Report on the working of the Ranchi Indian Mental Hospital, Kanke, in Bihar and Orissa - 1930-1940
Year: 1930
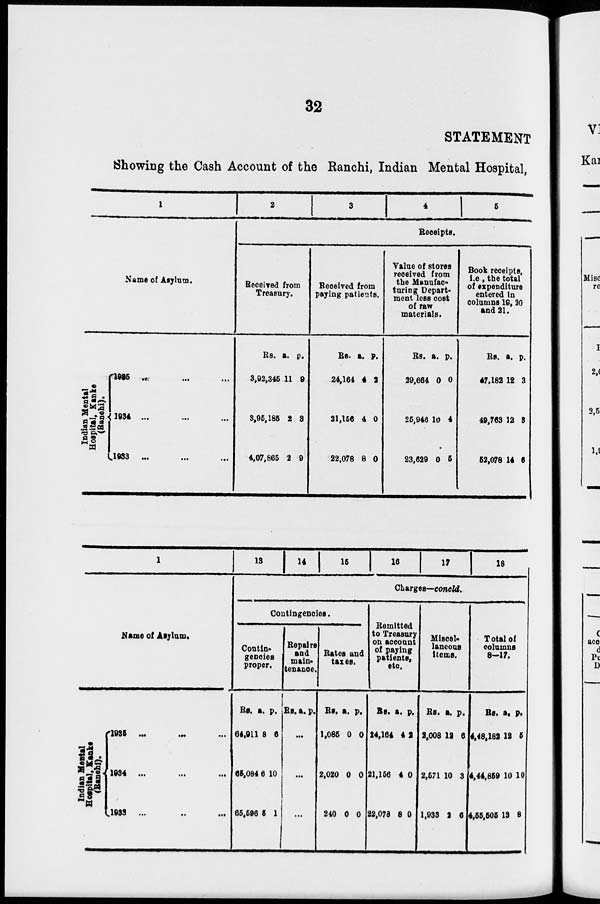
32
STATEMENT
Showing the Cash Account of the Ranchi, Indian Mental Hospital,
1
Name of Asylum.
Indian Me nt a l
Hospital, Kanke
( Ranchi ) .
1935 ... ... ...
1934
...
...
...
1933
...
...
...
2
3
4
5
Receipts.
Received from
Treasury.
Rs.
3,92,345
3,95,185
4,07,865
a.
11
2
2
p.
9
3
9
Received from
paying patients.
Rs.
24,164
21,156
22,078
a.
4
4
8
p.
2
0
0
Value of stores
received from
the Manufac-
turing Depart-
ment less cost
of raw
materials.
Rs.
29,664
25,946
23,629
a.
0
10
0
p.
0
4
5
Book receipts,
i.e., the total
of expenditure
entered in
columns 19, 20
and 21.
Rs.
47,182
49,763
52,078
a.
12
12
14
p.
3
3
6
1
Name of Asylum.
Indian Mental
H ospital, Kanke
(Ranchi).
1935
...
...
...
1934
...
...
...
1933
...
...
...
13
14
15
16
17
18
Charges—concld.
Contingencies.
Contin-
gencies
proper.
Rs.
64,911
65,084
65,596
a.
8
6
5
p.
6
10
1
Repairs
and
main¬
tenance.
Rs. a. p.
...
...
...
Rates and
taxes.
Rs.
1,085
2,020
240
a.
0
0
0
p.
0
0
0
Remitted
to Treasury
on account
of paying
patients,
etc.
Rs.
24,164
21,156
22,078
a.
4
4
8
p.
2
0
0
Miscel-
laneous
items.
Rs.
2,008
2,571
1,933
a.
12
10
2
p.
6
3
6
Total of
columns
8—17.
Rs.
4,48,182
4,44,859
4,55,505
a.
12
10
13
p.
5
10
8